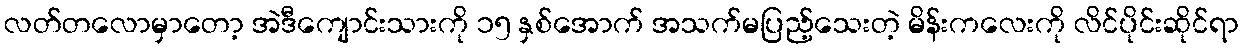
လတ်တလောမှာတော့ အဲဒီကျောင်းသားကို ၁၅ နှစ်အောက် အသက်မပြည့်သေးတဲ့ မိန်းကလေးကို လိင်ပိုင်းဆိုင်ရာ